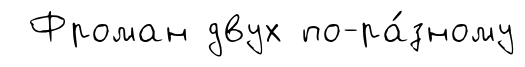
Фроман двух по-ра́зному